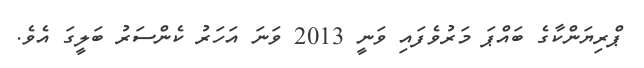
ޕްރިޔަންކާގެ ބައްޕަ މަރުވެފައި ވަނީ 2013 ވަނަ އަހަރު ކެންސަރު ބަލީގަ އެވެ.